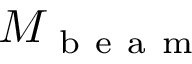
M _ { \mathrm { ~ b ~ e ~ a ~ m ~ } }